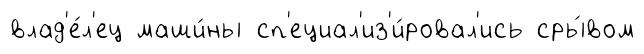
влад'е́л'ец маши́ны сп'ециал'из'и́ровал'ись сры́вом